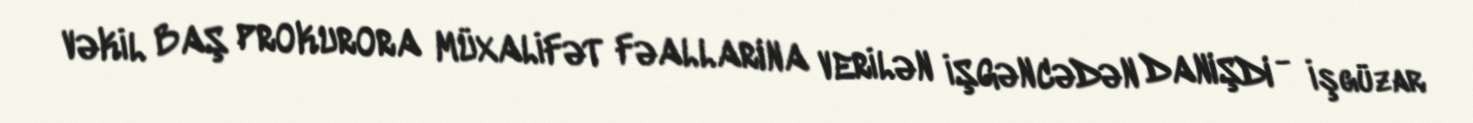
VƏKİL BAŞ PROKURORA MÜXALİFƏT FƏALLARINA VERİLƏN İŞGƏNCƏDƏN DANIŞDI - İşgüzar